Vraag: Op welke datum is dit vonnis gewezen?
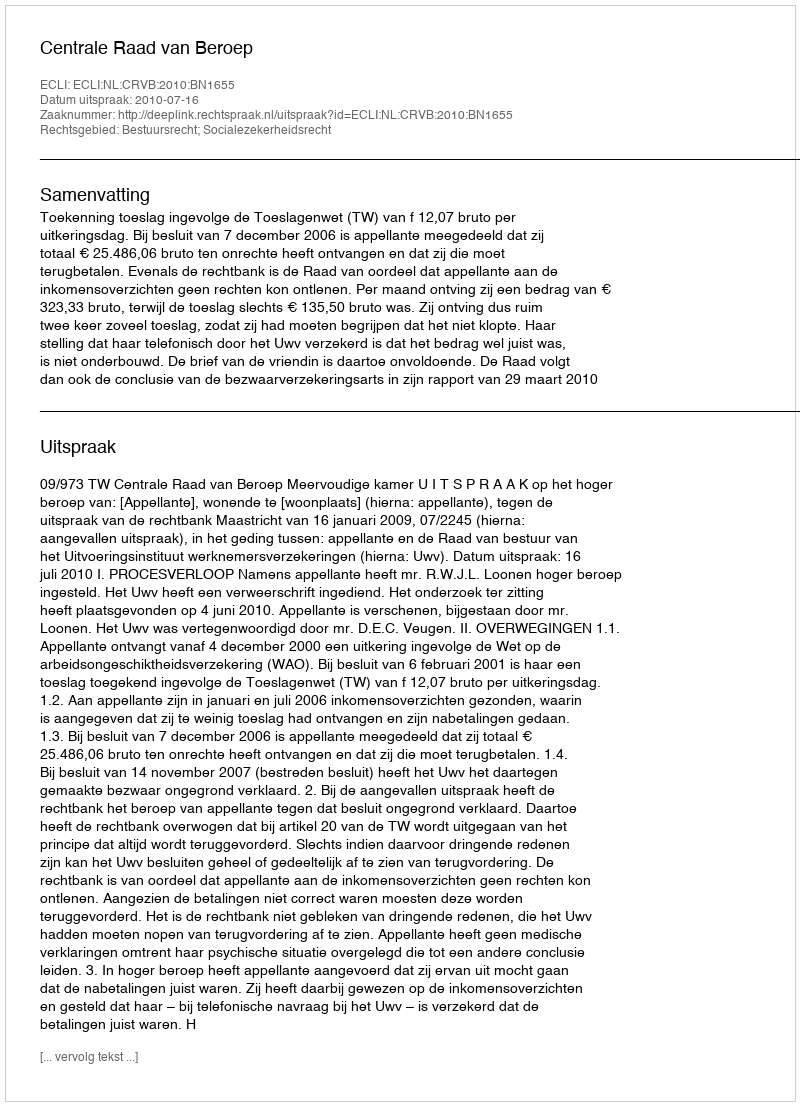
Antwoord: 2010-07-16